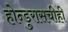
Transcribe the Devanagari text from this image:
होन्डुरासचीही